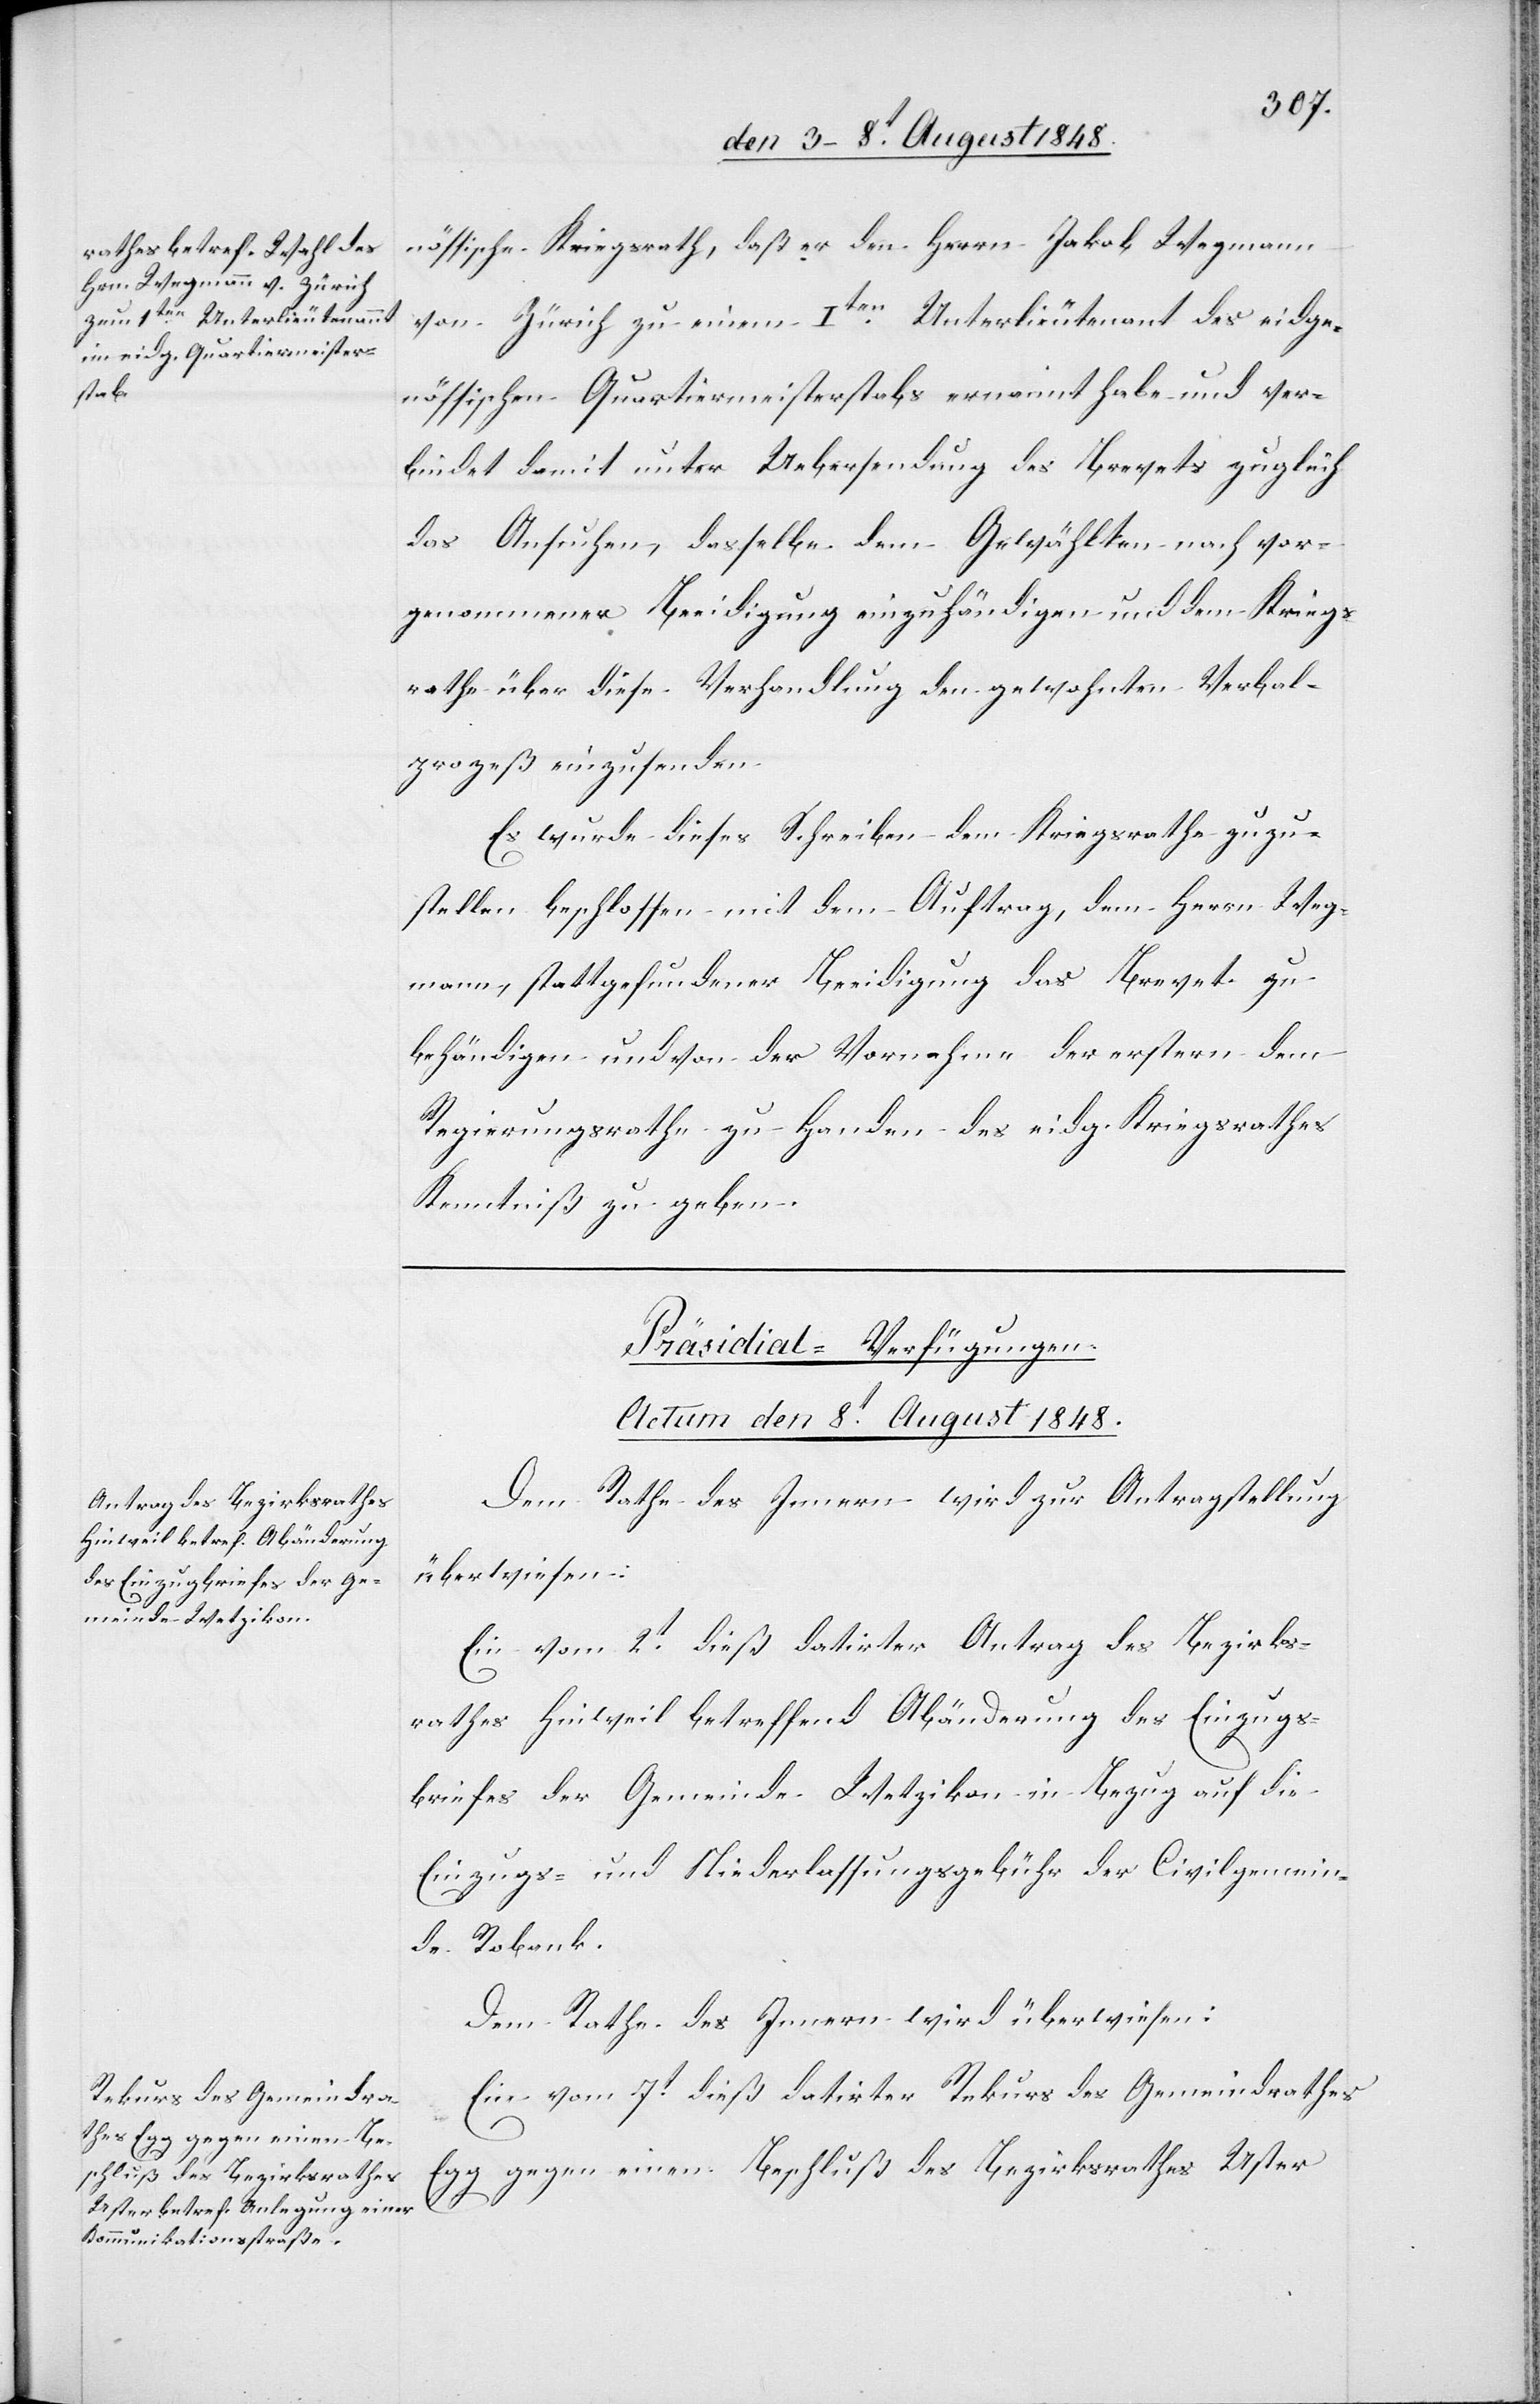
nössische Kriegsrath, daß er den Herrn Jakob Wegmann
von Zürich zu einem Iten Unterlieutenant des eidge¬
nössischen Quartiermeisterstabs ernannt habe und ver¬
bindet damit unter Uebersendung des Brevets zugleich
das Ansuchen, dasselbe dem Gewählten nach vor¬
genommener Beeidigung einzuhändigen und dem Kriegs¬
rathe über diese Verhandlung den gewohnten Verbal¬
prozeß einzusenden.
Es wurde dieses Schreiben dem Kriegsrathe zuzu¬
stellen beschlossen mit dem Auftrag, dem Herrn Weg¬
mann, stattgefundener Beeidigung das Brevet zu
behändigen und von der Vornahme der erstern dem
Regierungsrathe zu Handen des eidg. Kriegsrathes
Kenntniß zu geben.
[Präsidial-Verfügungen.
Actum den 8t August 1848.]
Dem Rathe des Innern wird zur Antragstellung
überwiesen:
Ein vom 2t dieß datirter Antrag des Bezirks¬
rathes Hinweil betreffend Abänderung des Einzugs¬
briefes der Gemeinde Wetzikon in Bezug auf die
Einzugs- und Niederlassungsgebühr der Civilgemein¬
de Robank.
Dem Rathe des Innern wird überwiesen:
Ein vom 7t dieß datirter Rekurs des Gemeindrathes
Egg gegen einen Beschluß des Bezirksrathes Uster